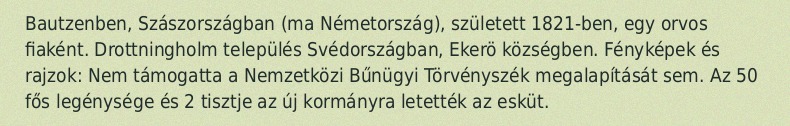
Bautzenben, Szászországban (ma Németország), született 1821-ben, egy orvos fiaként. Drottningholm település Svédországban, Ekerö községben. Fényképek és rajzok: Nem támogatta a Nemzetközi Bűnügyi Törvényszék megalapítását sem. Az 50 fős legénysége és 2 tisztje az új kormányra letették az esküt.